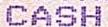
CASH